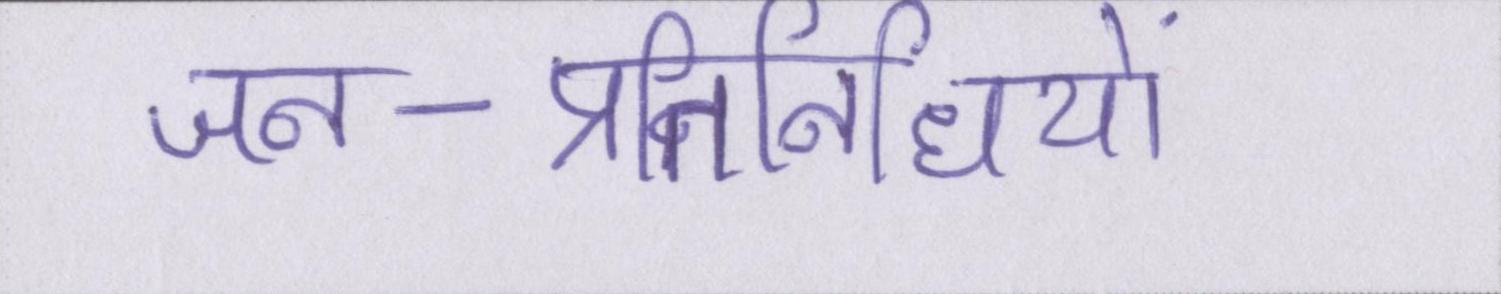
जन-प्रतिनिधियों